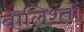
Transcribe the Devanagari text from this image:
बालिश्तों